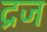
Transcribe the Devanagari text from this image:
द्रज